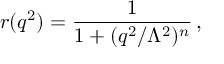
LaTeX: r ( q ^ { 2 } ) = \frac { 1 } { 1 + ( q ^ { 2 } / \Lambda ^ { 2 } ) ^ { n } } \, ,